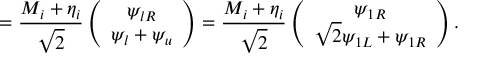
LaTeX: = \frac { M _ { i } + \eta _ { i } } { \sqrt { 2 } } \left( \begin{array} { c } { { \psi _ { l R } } } \\ { { \psi _ { l } + \psi _ { u } } } \end{array} \right) = \frac { M _ { i } + \eta _ { i } } { \sqrt { 2 } } \left( \begin{array} { c } { { \psi _ { 1 R } } } \\ { { \sqrt { 2 } \psi _ { 1 L } + \psi _ { 1 R } } } \end{array} \right) .